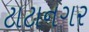
ટાટાનગર